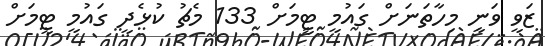
ޒަވީ ވަނީ މިހާތަނަށް ގައުމީ ޓީމަށް 133 މެޗު ކުޅެދީ ގައުމީ ޓީމަށް